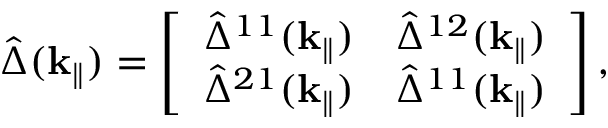
\hat { \Delta } ( { \textbf k } _ { \| } ) = \left[ \begin{array} { l l } { \hat { \Delta } ^ { 1 1 } ( { \textbf k } _ { \| } ) } & { \hat { \Delta } ^ { 1 2 } ( { \textbf k } _ { \| } ) } \\ { \hat { \Delta } ^ { 2 1 } ( { \textbf k } _ { \| } ) } & { \hat { \Delta } ^ { 1 1 } ( { \textbf k } _ { \| } ) } \end{array} \right] , \,